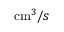
\mathrm { c m } ^ { 3 } / s